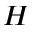
\boldsymbol { H }